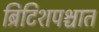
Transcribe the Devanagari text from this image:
ब्रिटिशपश्चात